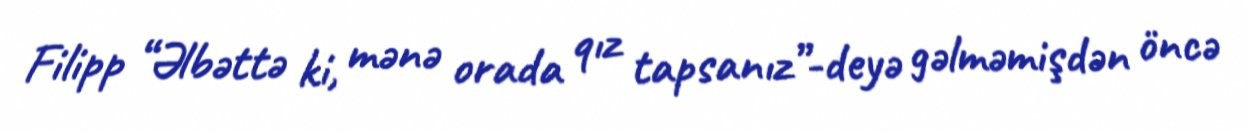
Filipp “Əlbəttə ki, mənə orada qız tapsanız”-deyə gəlməmişdən öncə